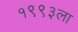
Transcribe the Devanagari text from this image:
१९९३ला